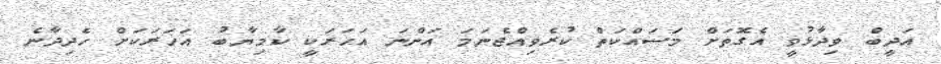
އަދީބް ވިދާޅުވީ އެގޮތަށް މަސައްކަތް ކުރެވިއްޖެނަމަ އަންނަ އަހަރަކީ ކާމިޔާބު އަހަރަކަށް ހެދިދާނެ